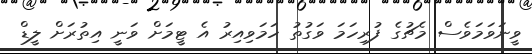
ވީނަވަމަވެސް މެޗުގެ ފުރިހަމަ ވަގުތު ހަމަވިއިރު އެ ޓީމަށް ވަނީ އިތުރަށް ލީޑް